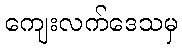
ကျေးလက်ဒေသမှ